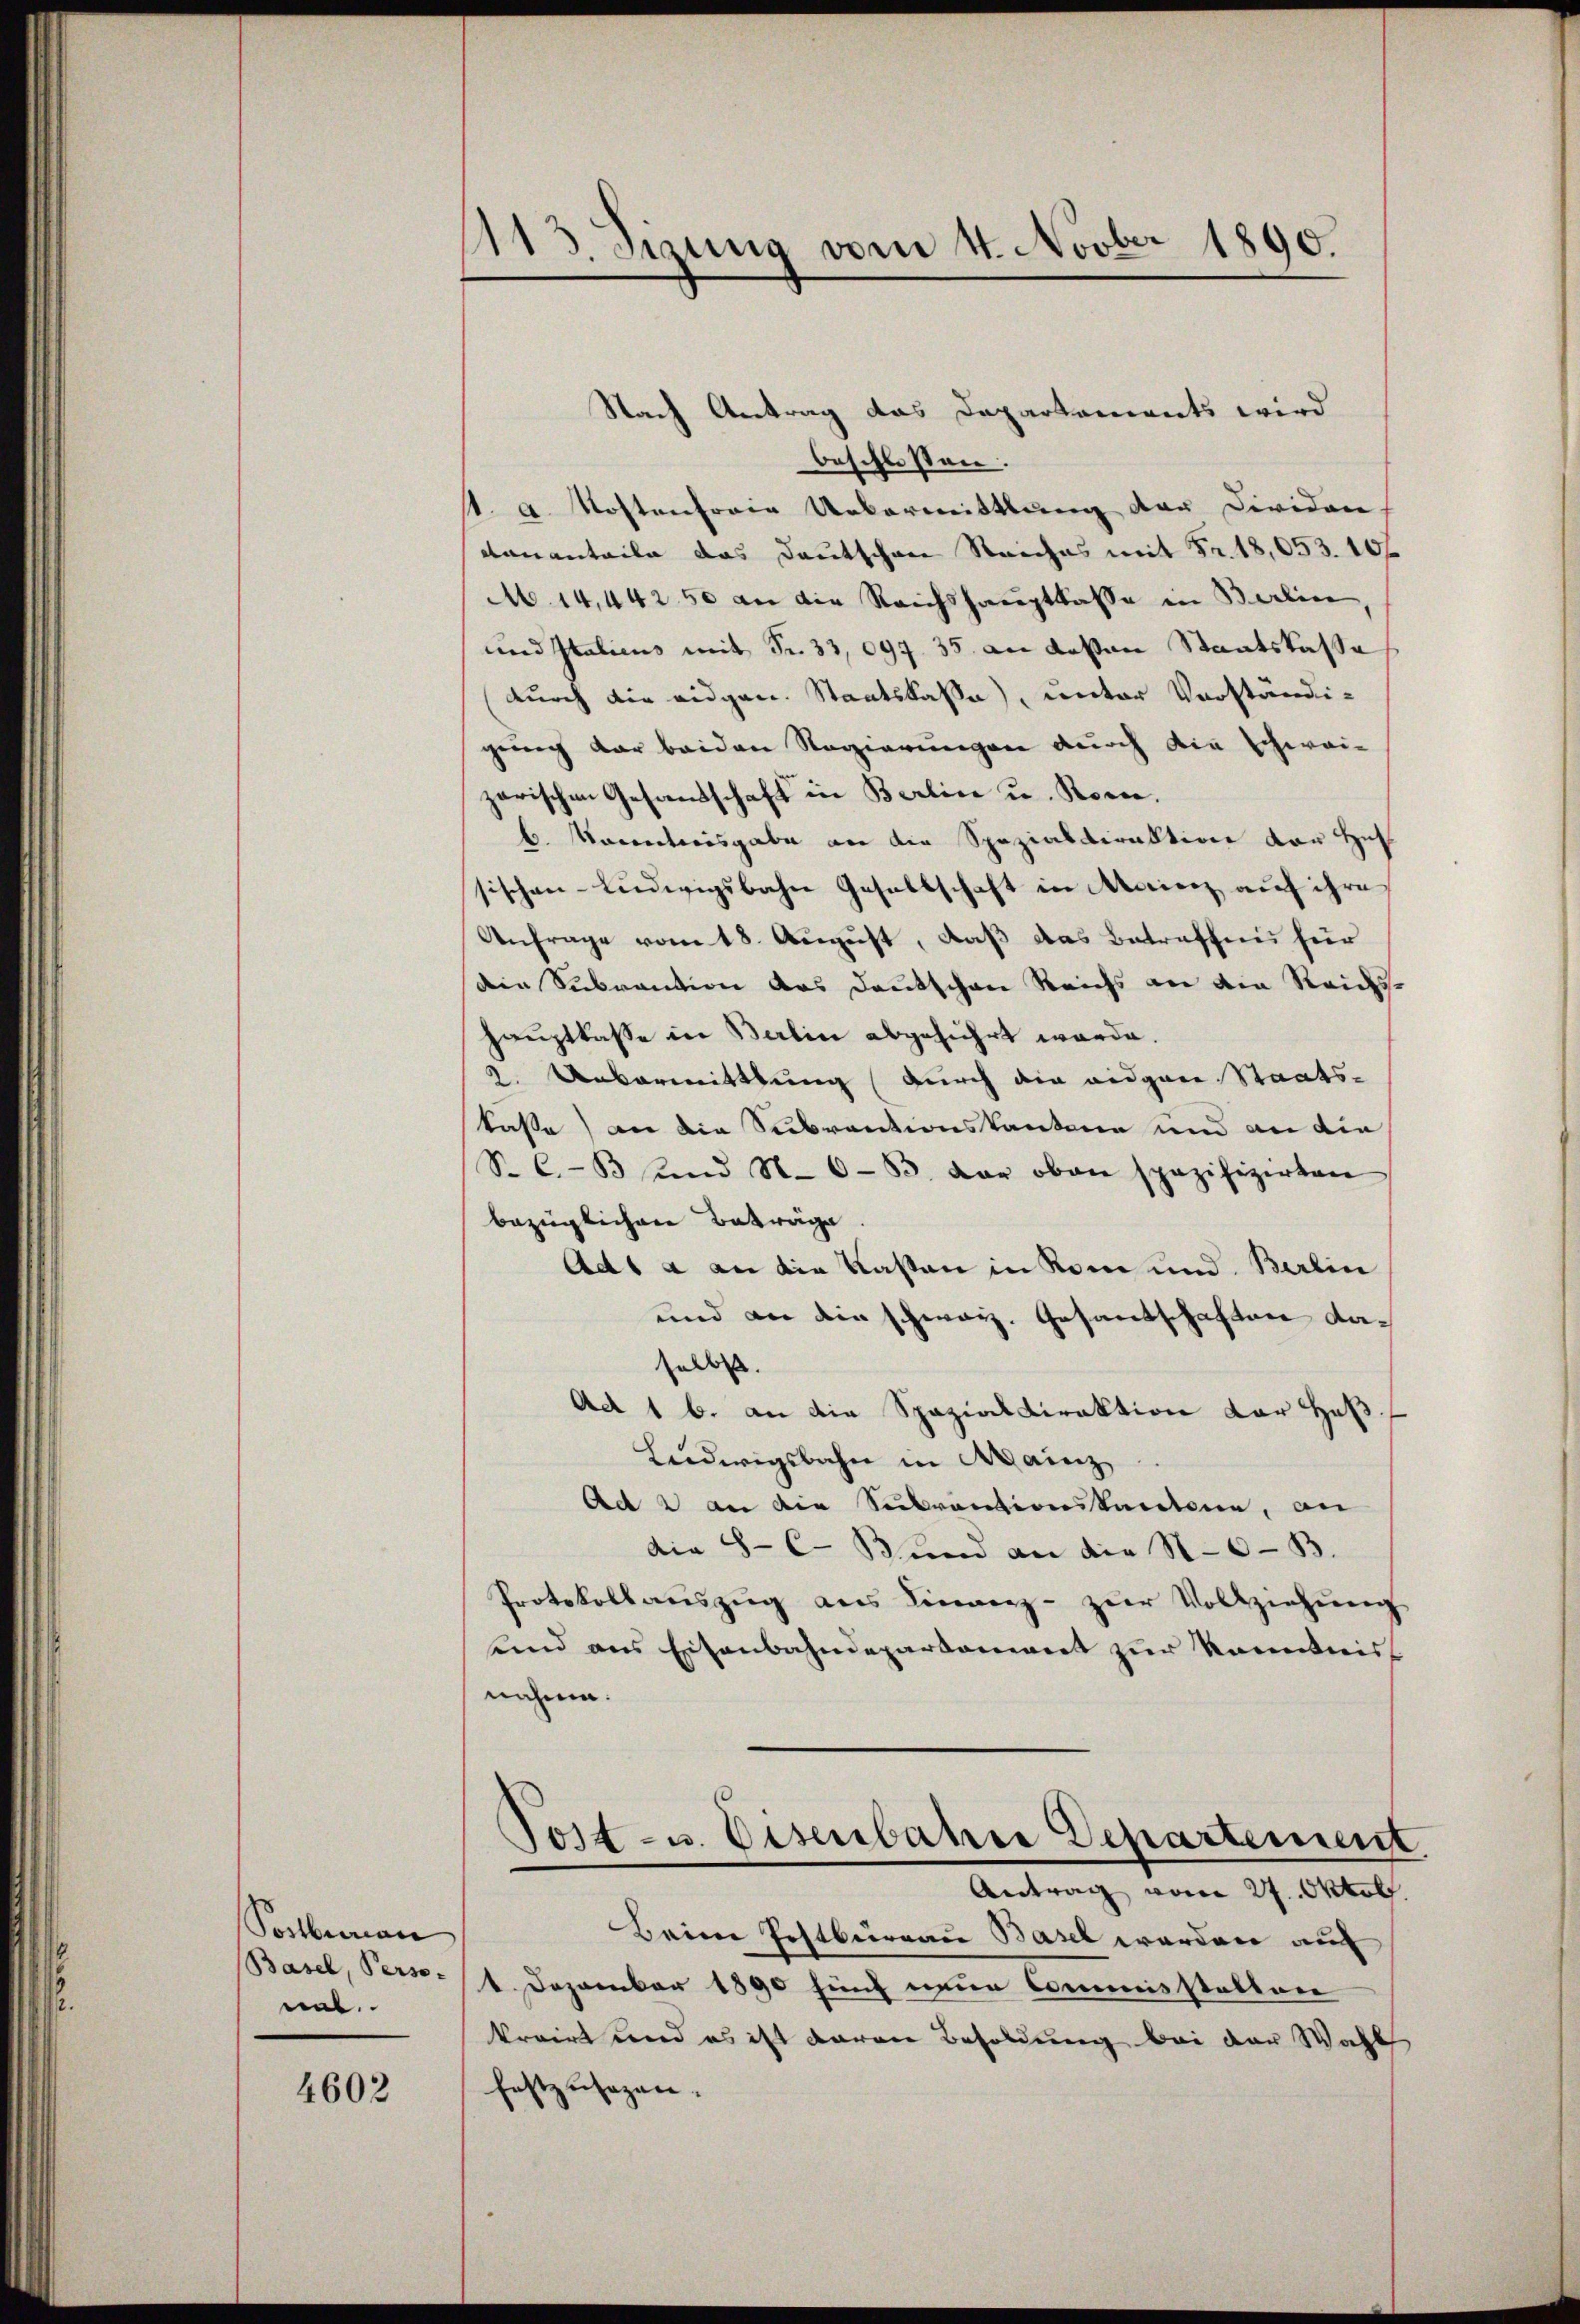
Postbrarian
Basel, Perso-
nal.

4603

413. dizung vom 4. Novber 1890.

Nach Antrag das Departaments wird
beschlossen.
t. A. Kostenforie Uebermittlung der Dividan
ananteile das Deutschene Striches mit Fr. 18,053. 106
M. 14,44250 an die Reichshauptkasse in Berlin,
und Italicus mit Fr. 33,097. 35. an deßen Staatskassa
durch die eidgen. Staatskasse), unter Vorständigŭng dar beiden Regierŭngen dŭrch die Schwei-
zarischen Gesandschaft in Berlin u. Roene.
b. Vocentreisgabe an die Spezialdirektion der Huf
sischen Ludwigsbahne Gesellschaft in Marienz auf ihre
Anfrage vom 18. August, daß das Betreffen für
dein Subraction das Deutschen Reichs an die Reids-
Hauptlasse in Berlin abgeführt werde.
2. Uebermittlung (durch die eidgare Staats-
kaße) an die Subventionskantone und an die
S. C.-33 und N. 6-83. der oben spazifizirten
bezüglichen Beträge.
Ad 1 a an die Kasten in Rom und Berlin
und an die schweiz. Gesandschaften daselbst.
Ad 1 b. an die Spazialdirektion der Haß
Ludwigsbahn in Mainz
Ad 2 an die Subventionskantone, an
die S. C. Bŭnd an die 16-B.
Protokollaŭszŭg ans Finanz- zŭr Vollziehŭng
unnd aus Eisenbahndepartement zur Kenntniss
nahme.
Tost- u. Eisenbahre Departement
Antrag vom 27. Oktob.
Beim Postburgau Basel werden auf
1. Dezember 1890 hinz neue Commisstatten
krrirt und es ist daran Besoldung bei der Wahl
festzusagen.